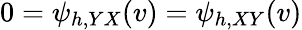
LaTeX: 0=\psi_{h,YX}(v)=\psi_{h,XY}(v)